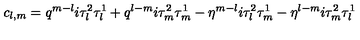
c _ { l , m } = q ^ { m - l } i \tau _ { l } ^ { 2 } \tau _ { l } ^ { 1 } + q ^ { l - m } i \tau _ { m } ^ { 2 } \tau _ { m } ^ { 1 } - \eta ^ { m - l } i \tau _ { l } ^ { 2 } \tau _ { m } ^ { 1 } - \eta ^ { l - m } i \tau _ { m } ^ { 2 } \tau _ { l } ^ { 1 } \,